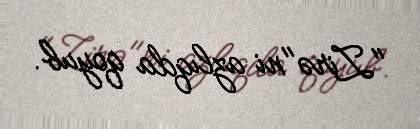
"Zirə"ni azlıqda qoyub.